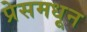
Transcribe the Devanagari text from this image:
प्रेसमधून